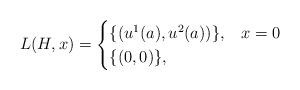
LaTeX: \begin{align*}L(H,x) =\begin{cases}\{(u^1(a),u^2(a))\}, & x = 0\\\{(0,0)\}, & \end{cases}\end{align*}